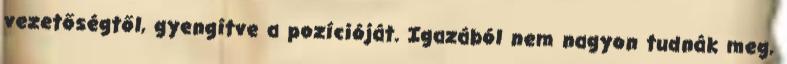
vezetőségtől, gyengítve a pozícióját. Igazából nem nagyon tudnák meg,